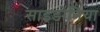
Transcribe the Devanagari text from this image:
साइडोनिया